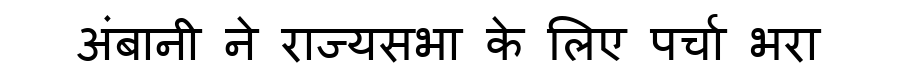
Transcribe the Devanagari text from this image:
अंबानी ने राज्यसभा के लिए पर्चा भरा